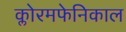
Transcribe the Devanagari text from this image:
क्लोरमफेनिकाल